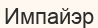
Импайэр